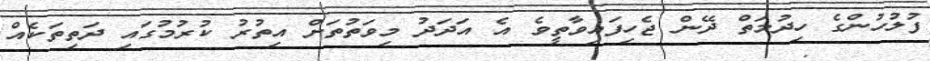
ފުލުުހުންގެ ހިދުމަތް ދޭން ޖެހިފައިވާތީވެ އެ އަދަދު މިވަތުތަށް އިތުރު ކުރުމުގައި ދަތިތަކެއް